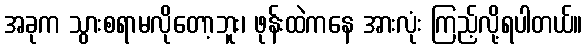
အခုက သွားစရာမလိုတော့ဘူး၊ ဖုန်းထဲကနေ အားလုံး ကြည့်လို့ရပါတယ်။